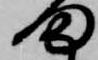
ま